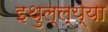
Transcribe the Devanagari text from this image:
इथुल्ल्य्या